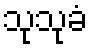
သုသုခံ